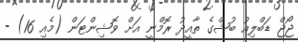
ޖޯޖް ޑަބްލިއު ބުޝްގެ ތާއީދު ރޮމްނީ އަށް ވޮޝިންޓަން (މެއި 16) -